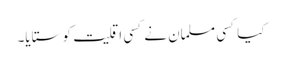
کیا کسی مسلمان نے کسی اقلیت کو ستایا۔